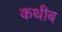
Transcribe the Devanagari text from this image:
कथीब